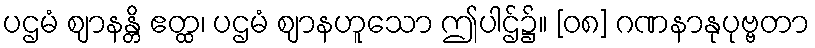
ပဌမံ ဈာနန္တိ ဧတ္ထ၊ ပဌမံ ဈာနဟူသော ဤပါဌ်၌။ [၀၈] ဂဏနာနုပုဗ္ဗတာ